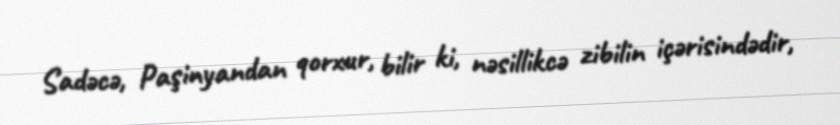
Sadəcə, Paşinyandan qorxur, bilir ki, nəsillikcə zibilin içərisindədir,